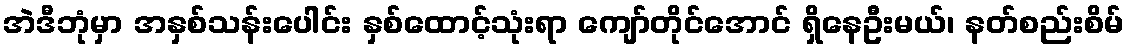
အဲဒီဘုံမှာ အနှစ်သန်းပေါင်း နှစ်ထောင့်သုံးရာ ကျော်တိုင်အောင် ရှိနေဦးမယ်၊ နတ်စည်းစိမ်